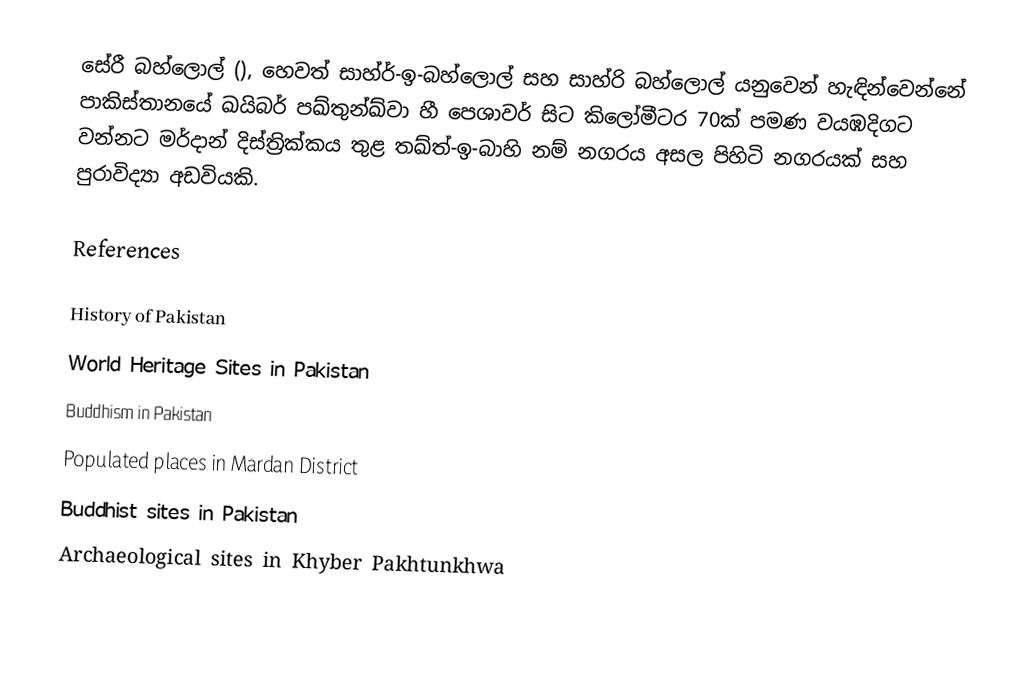
සේරී බහ්ලොල් (), හෙවත් සාහ්ර්-ඉ-බහ්ලොල් සහ සාහ්රි බහ්ලොල් යනුවෙන් හැඳින්වෙන්නේ පාකිස්තානයේ ඛයිබර් පඛ්තුන්ඛ්වා හී පෙශාවර් සිට කිලෝමීටර 70ක් පමණ වයඹදිගට වන්නට මර්දාන් දිස්ත්‍රික්කය තුළ තඛ්ත්-ඉ-බාහි නම් නගරය අසල පිහිටි නගරයක් සහ පුරාවිද්‍යා අඩවියකි.

References

History of Pakistan
World Heritage Sites in Pakistan
Buddhism in Pakistan
Populated places in Mardan District
Buddhist sites in Pakistan
Archaeological sites in Khyber Pakhtunkhwa